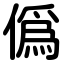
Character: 僞